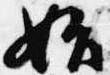
始